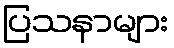
ပြသနာများ